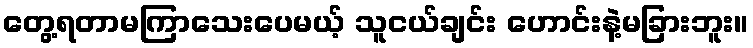
တွေ့ရတာမကြာသေးပေမယ့် သူငယ်ချင်း ဟောင်းနဲ့မခြားဘူး။